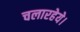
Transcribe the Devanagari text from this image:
चलारहेये।